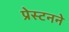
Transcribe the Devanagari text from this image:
प्रेस्टनने